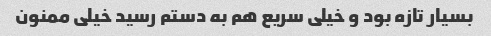
بسیار تازه بود و خیلی سریع هم به دستم رسید خیلی ممنون